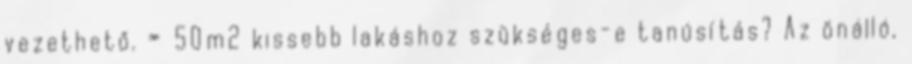
vezethető. » 50m2 kissebb lakáshoz szükséges-e tanúsítás? Az önálló,